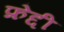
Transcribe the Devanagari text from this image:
फ्रेद्दी